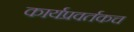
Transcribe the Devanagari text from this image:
कार्यप्रवर्तकच